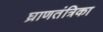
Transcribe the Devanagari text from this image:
घ्राणतंत्रिका